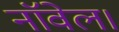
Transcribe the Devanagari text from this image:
नाॅवेल।